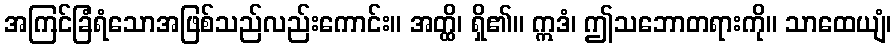
အကြင်ခြံရံသောအဖြစ်သည်လည်းကောင်း။ အတ္ထိ၊ ရှိ၏။ ဣဒံ၊ ဤသဘောတရားကို။ သာထေယျံ၊